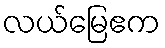
လယ်မြေဧက